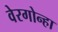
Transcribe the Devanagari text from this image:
वेरगोन्हा